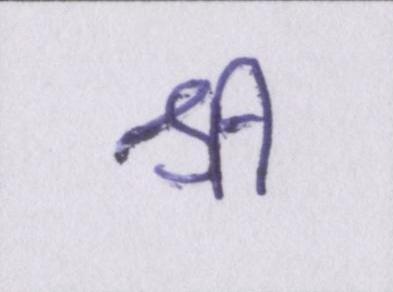
श्री